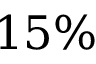
1 5 \%